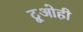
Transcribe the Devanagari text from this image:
टूओही